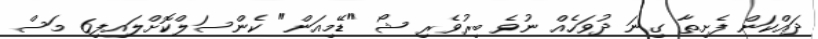
ދައްކަން ފެށިތާ ގިނަ ދުވަހެއް ނުވެ ބިރުވެރި ޝޯ "ޑޭމިއަން" ކެންސަލްކޮށްލައިފި6 މަސް